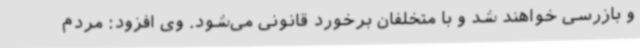
و بازرسی خواهند شد و با متخلفان برخورد قانونی می‌شود. وی افزود: مردم